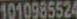
1010985524